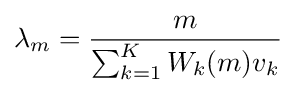
\lambda _{m}={\frac {m}{\sum _{k=1}^{K}W_{k}(m)v_{k}}}